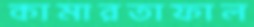
কামারতাফাল